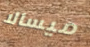
ميسالا